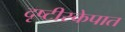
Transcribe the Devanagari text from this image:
दृष्टीस्केपात